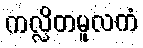
ကလ္လိတမူလကံ